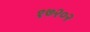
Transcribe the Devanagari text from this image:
१७२०२